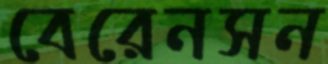
বেরেনসন